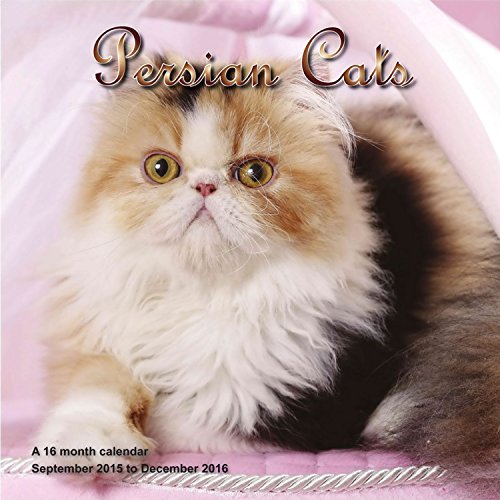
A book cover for Persian Cat Calendar - 2016 Wall calendars - Cat Calendars - Kitten Calendar - Monthly Wall Calendar by Magnum; MegaCalendars; Calendars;